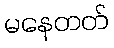
မနေတတ်